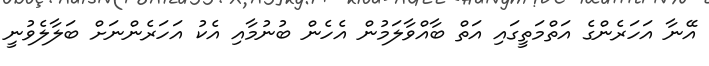
އޭނާ އަހަރެންގެ އަތްމަތީގައި އަތް ބާއްވާލަމުން އެހެން ބުނުމާއި އެކު އަހަރެންނަށް ބަލާލެވުނީ